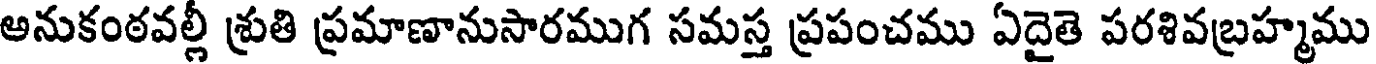
అనుకంఠవల్లీ శ్రుతి ప్రమాణానుసారముగ సమస్త ప్రపంచము ఏదైతె పరశివబ్రహ్మము